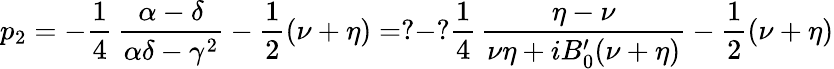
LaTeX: p_{2}=-\frac{1}{4}\, \frac{\alpha-\delta}{\alpha\delta-\gamma^{2}}-\frac{1}{2}(\nu+\eta)=?-?\frac{1}{4}\, \frac{\eta-\nu}{\nu\eta+iB_{0}^{\prime}(\nu+\eta)}-\frac{1}{2}(\nu+\eta)